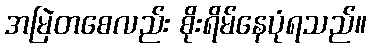
အမြဲတစေလည်း စိုးရိမ်နေပုံရသည်။